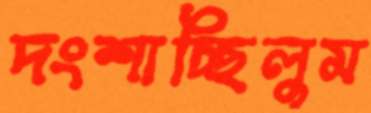
দংশাচ্ছিলুম